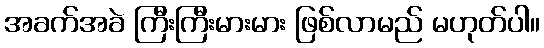
အခက်အခဲ ကြီးကြီးမားမား ဖြစ်လာမည် မဟုတ်ပါ။